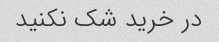
در خرید شک نکنید